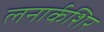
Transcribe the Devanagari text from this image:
लनार्कशिर